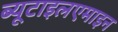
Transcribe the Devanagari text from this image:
ब्यूटाइलएमाइन